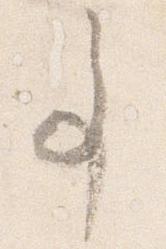
事